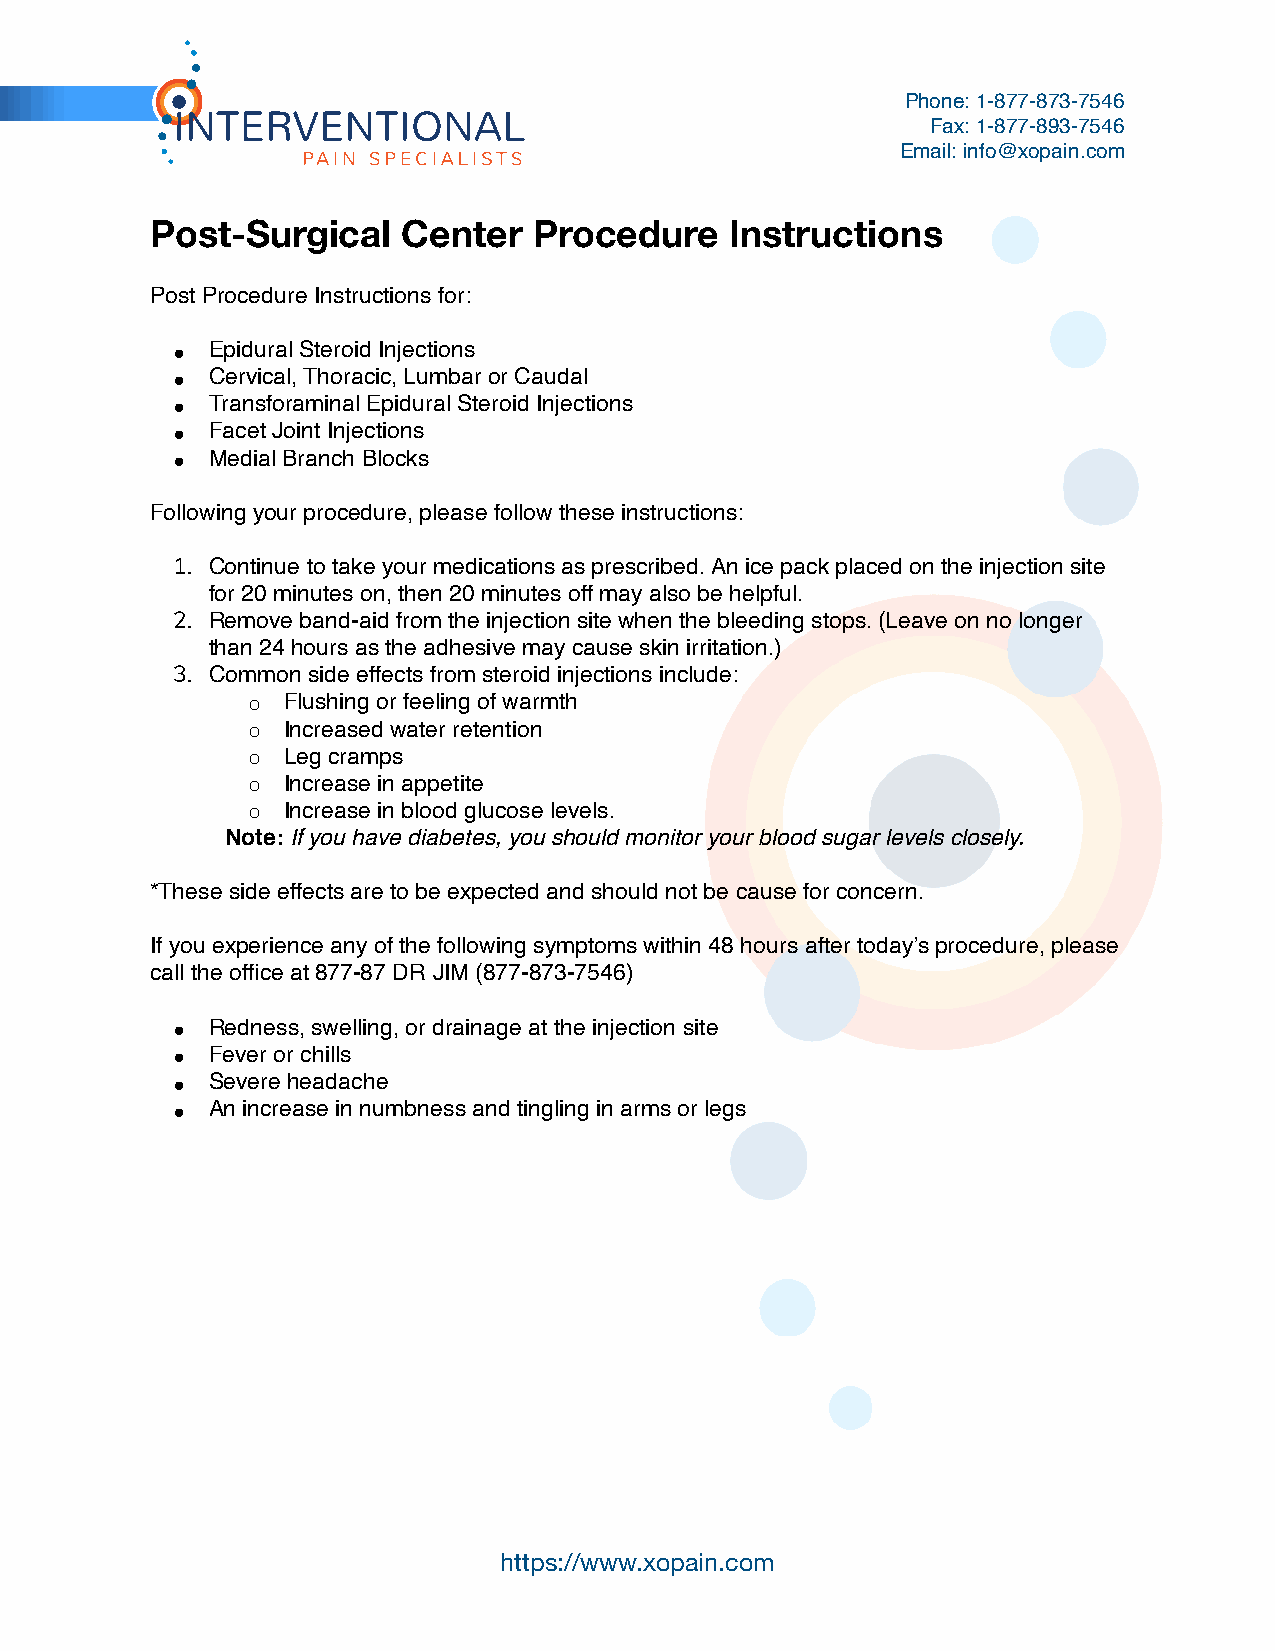
Phone: 1-877-873-7546
 Fax: 1-877-893-7546
 Email: info@xopain.com
 Post-Surgical    Center  Procedure    Instructions
 Post Procedure Instructions for:
 •  Epidural Steroid Injections
 •  Cervical, Thoracic, Lumbar or Caudal
 •  Transforaminal Epidural Steroid Injections
 •  Facet Joint Injections
 •  Medial Branch Blocks
 Following your procedure, please follow these instructions:
 1. Continue to take your medications as prescribed. An ice pack placed on the injection site
 for 20 minutes on, then 20 minutes off may also be helpful.
 2. Remove band-aid from the injection site when the bleeding stops. (Leave on no longer
 than 24 hours as the adhesive may cause skin irritation.)
 3. Common side effects from steroid injections include:
 ◦  Flushing or feeling of warmth
 ◦  Increased water retention
 ◦  Leg cramps
 ◦  Increase in appetite
 ◦  Increase in blood glucose levels.
 Note: If you have diabetes, you should monitor your blood sugar levels closely.
 *These side effects are to be expected and should not be cause for concern.
 If you experience any of the following symptoms within 48 hours after today’s procedure, please
 call the office at 877-87 DR JIM (877-873-7546)
 •  Redness, swelling, or drainage at the injection site
 •  Fever or chills
 •  Severe headache
 •  An increase in numbness and tingling in arms or legs
 https://www.xopain.com